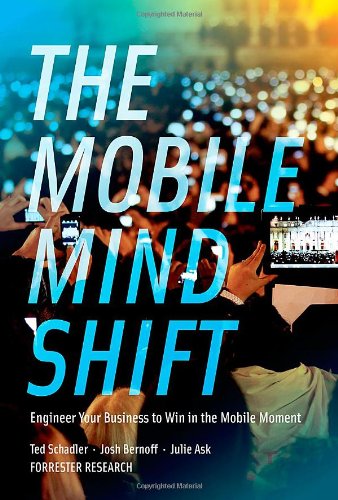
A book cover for The Mobile Mind Shift: Engineer Your Business to Win in the Mobile Moment; Ted Schadler; Computers & Technology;